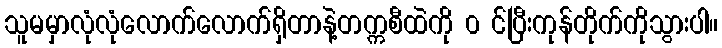
သူမမှာလုံလုံလောက်လောက်ရှိတာနဲ့တက္ကစီထဲကို ၀ င်ပြီးကုန်တိုက်ကိုသွားပါ။